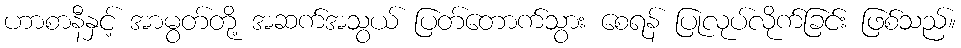
ဟာစာနီနှင့် အာမွတ်တို့ အဆက်အသွယ် ပြတ်တောက်သွား စေရန် ပြုလုပ်လိုက်ခြင်း ဖြစ်သည်။